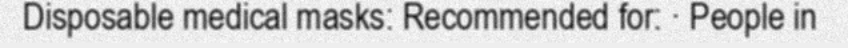
Disposable medical masks: Recommended for: · People in